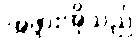
အဖွားအိုသည်